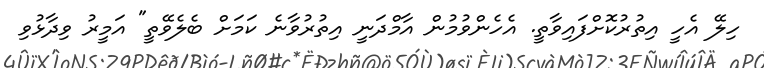
ހިލޭ އެހީ އިތުރުކޮށްފައިވާތީ. އެހެންވުމުން އާމްދަނީ އިތުރުވާނެ ކަމަށް ބެލެވޭތީ" އަމީރު ވިދާޅުވި